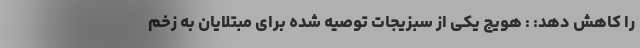
را کاهش دهد: : هویج یکی از سبزیجات توصیه شده برای مبتلایان به زخم